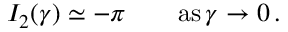
I _ { 2 } ( \gamma ) \simeq - \pi \qquad \mathrm { a s } \, \gamma \to 0 \, .